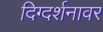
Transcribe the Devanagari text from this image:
दिग्दर्शनावर